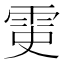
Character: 𩂝